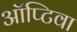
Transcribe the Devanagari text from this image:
ऑप्टिवा